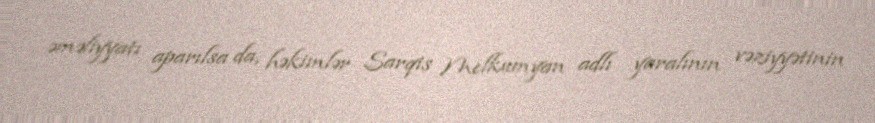
əməliyyatı aparılsa da, həkimlər Sarqis Melkumyan adlı yaralının vəziyyətinin